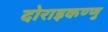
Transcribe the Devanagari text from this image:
दोराइकण्णु